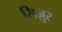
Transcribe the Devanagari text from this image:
सिज़ुर